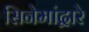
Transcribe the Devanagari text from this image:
सिनेमांद्वारे